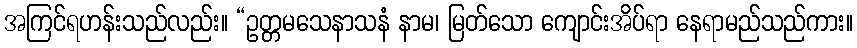
အကြင်ရဟန်းသည်လည်း။ “ဥတ္တမသေနာသနံ နာမ၊ မြတ်သော ကျောင်းအိပ်ရာ နေရာမည်သည်ကား။